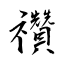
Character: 禶